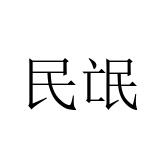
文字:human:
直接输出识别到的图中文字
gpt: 民氓